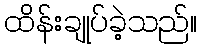
ထိန်းချုပ်ခဲ့သည်။